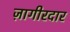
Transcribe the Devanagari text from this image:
ज़ागीरदार